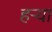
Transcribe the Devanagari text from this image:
हर्‍या